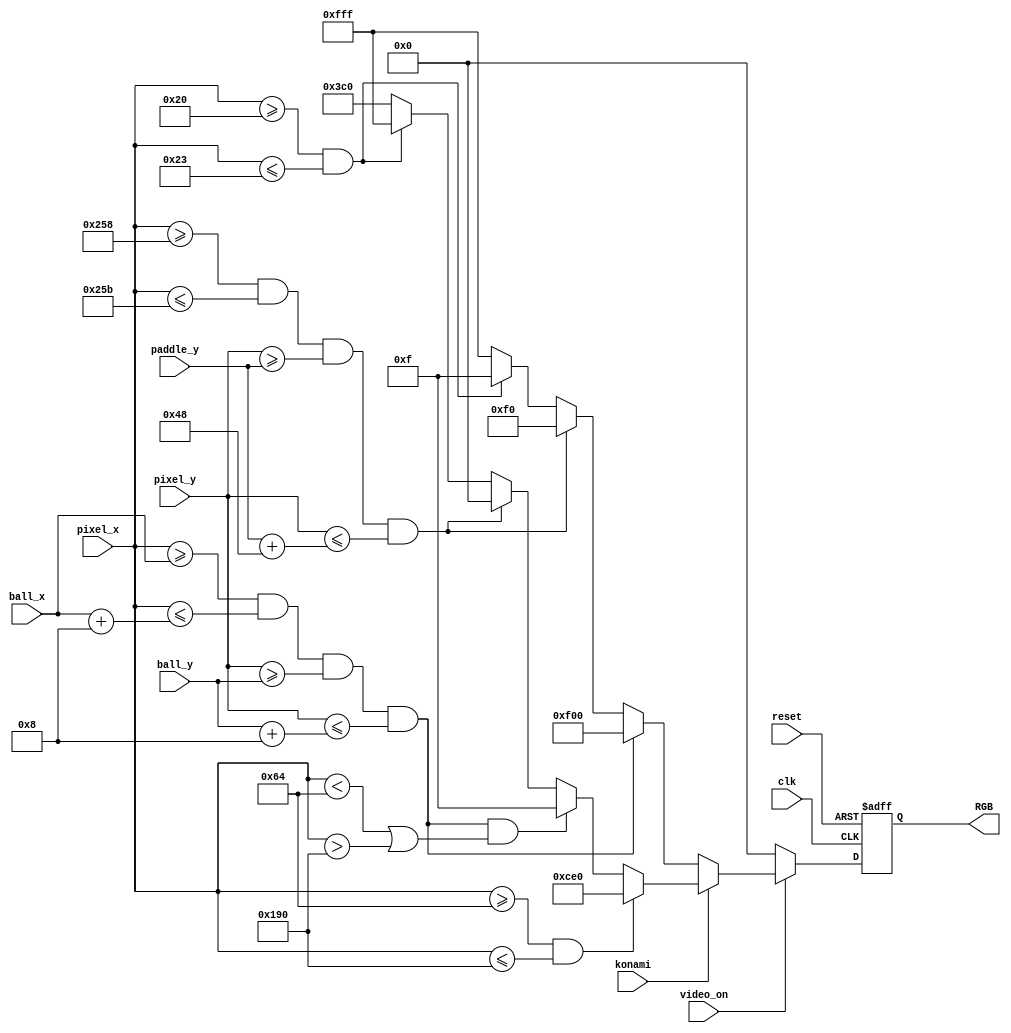
`timescale 1ns / 1ps
//****************************************************************// 
//                                                                // 
//  Created by Naoaki Takatsu on 04/9/2018.                       // 
//  Copyright  2018                                              //
//  Naoaki Takatsu. All rights reserved.                          // 
//                                                                // 
//                                                                // 
//  In submitting this file for class work at CSULB               // 
//  I am confirming that this is my work and the work             // 
//  of no one else. In submitting this code I acknowledge that    // 
//  plagiarism in student project work is subject to dismissal.   //  
//  from the class                                                // 
//****************************************************************//

module pixel_gen_circuit(clk, reset, pixel_x, pixel_y, video_on,
                         konami, paddle_y, ball_x, ball_y, RGB);

	input clk, reset, video_on, konami;
   input [9:0] pixel_x, pixel_y, paddle_y, ball_x, ball_y;
	output reg [11:0] RGB;
	reg [11:0] new_RGB;
	
	localparam height_p = 72; //height of paddle
	localparam height_b = 8; //height of paddle
	localparam width_b = 8; //height of paddle
	
	always @ (posedge clk, posedge reset)
	begin
	
	   if(reset)
		   RGB <= 12'b000000000000;
		
		else
		   RGB <= new_RGB;
		
	end
		
	always @ (*)
	begin
	
	   new_RGB = 12'b000000000000;
	
	   if(video_on == 1'b1)
		begin
	
	      new_RGB = 12'b111111111111;
			
			if(konami)
			begin
			
			   new_RGB = 12'b001111000000;
			
			   //wall
		      if( (pixel_x >= 32) && (pixel_x <= 35) )
		         new_RGB = 12'b111111111111;
			
		      //paddle
      		if( (pixel_x >= 600) && (pixel_x <= 603) &&
         		 (pixel_y >= paddle_y) && (pixel_y <= paddle_y + height_p) )
		   	   new_RGB = 12'b000000000000;
			
   		   //ball
	   	   if( (pixel_x >= ball_x) && (pixel_x <= ball_x + width_b) &&
		          (pixel_y >= ball_y) && (pixel_y <= ball_y + height_b) &&
					 ( (pixel_x < 100) || (pixel_x > 400) ) )
		         new_RGB = 12'b000000001111;
					
				//handicap overlay
		      if( (pixel_x >= 100) && (pixel_x <= 400) )
		         new_RGB = 12'b110011100000;
			
			end
			
			else
			begin
			
			   new_RGB = 12'b111111111111;
			
	      	//wall
	   	   if( (pixel_x >= 32) && (pixel_x <= 35) )
   		      new_RGB = 12'b000000001111;
			
		      //paddle
   	   	if( (pixel_x >= 600) && (pixel_x <= 603) &&
         		 (pixel_y >= paddle_y) && (pixel_y <= paddle_y + height_p) )
   		   	new_RGB = 12'b000011110000;
			
      		//ball
	      	if( (pixel_x >= ball_x) && (pixel_x <= ball_x + width_b) &&
		          (pixel_y >= ball_y) && (pixel_y <= ball_y + height_b) )
		         new_RGB = 12'b111100000000;
				
			end
			
		end
		
		else if(video_on == 1'b0)
		   new_RGB = 12'b000000000000;
		
		else
		   new_RGB = RGB;
	
	end
	
endmodule